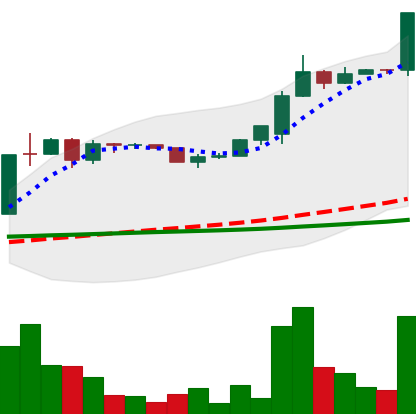
Ticker: LTC-USD
Chart end date: 2015-07-05
Forward return: -9.035%
Label: down_7plus